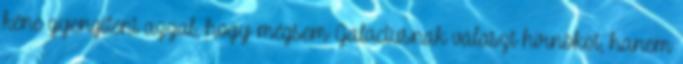
kéne gyengíteni azzal, hogy mégsem Galactusnak választ hírnököt, hanem